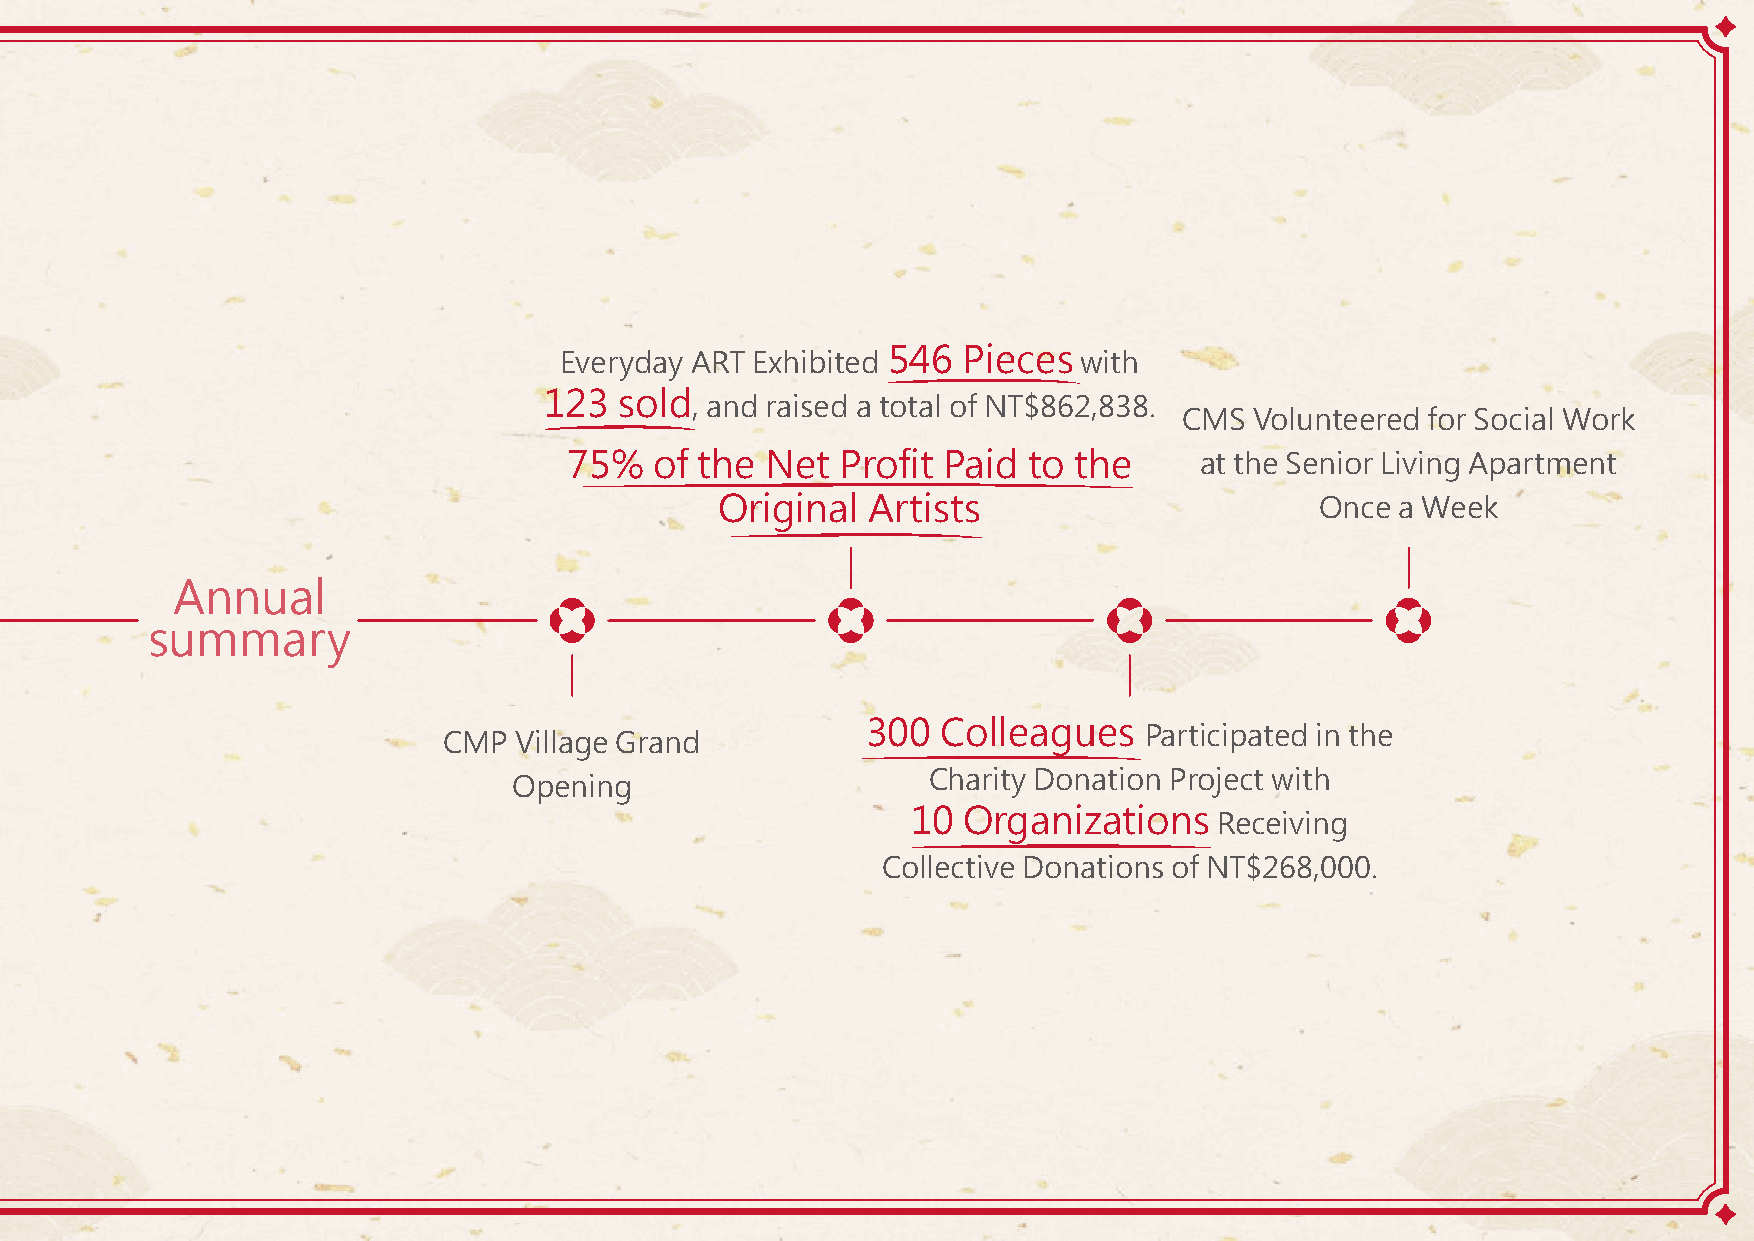
07
 Everyday ART Exhibited 546 Pieces  with
 123  sold, and raised a total of NT$862,838.
 CMS  Volunteered for Social Work
 75%  of the  Net  Profit Paid to the     at the Senior Living Apartment
 Original Artists                       Once  a Week
 Community Co-prosperity
 Annual
 summary
 7.1 Calligraphy Greenway in Taichung 7.4 EVERYDAY ART
 300  Colleagues    Participated in the
 CMP  Village Grand
 Charity Donation Project with
 7.2 Cultural Promotion in Taipei 7.5 Corporate Philanthropy Opening
 10  Organizations    Receiving
 7.3 Land Renaissance of Miaoli -
 Collective Donations of NT$268,000.
 CMP Village